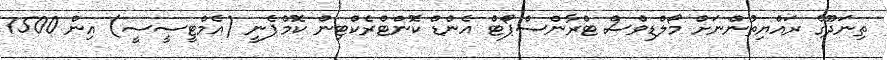
ތިނަދޫގެ ރައްޔިތުންނަށް މޯލްޑިވްސް ޓްރާންސްޕޯޓް އެންޑް ކޮންޓްރެކްޓިން ކޮމްޕެނީ (އެމްޓީސީސީ) އިން 1500